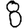
Digit: 8